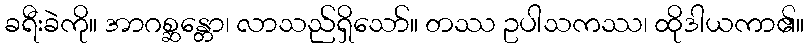
ခရီးခဲကို။ အာဂစ္ဆန္တော၊ လာသည်ရှိသော်။ တဿ ဥပါသကဿ၊ ထိုဒါယကာ၏။